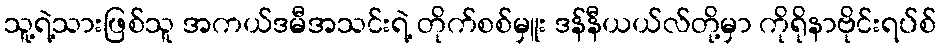
သူ့ရဲ့သားဖြစ်သူ အကယ်ဒမီအသင်းရဲ့ တိုက်စစ်မှူး ဒန်နီယယ်လ်တို့မှာ ကိုရိုနာဗိုင်းရပ်စ်